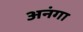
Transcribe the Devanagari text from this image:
अनंगा